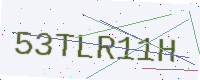
Text: 53TLR11H